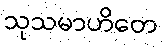
သုသမာဟိတေ